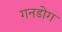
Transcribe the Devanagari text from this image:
गनडोग